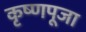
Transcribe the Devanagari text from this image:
कृष्‍णपूजा